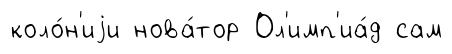
коло́н'иjи нова́тор Ол'имп'иа́д сам